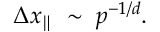
\Delta x _ { \parallel } \; \sim \; p ^ { - 1 / d } .